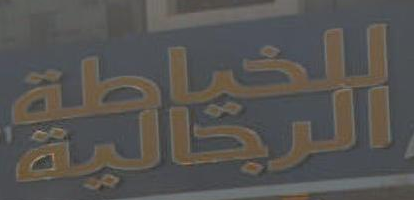
الثقافية